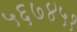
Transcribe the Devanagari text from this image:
५६७४५१